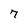
Character: 7